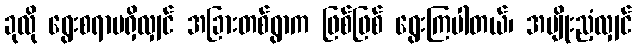
ခုလို ရွေးစရာမရှိလျှင် အခြားတစ်ရွာက ဖြစ်ဖြစ် ရွေးကြပါတယ်၊ အမျိုးညံ့လျှင်